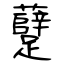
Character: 躠